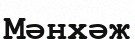
Мәнхәж